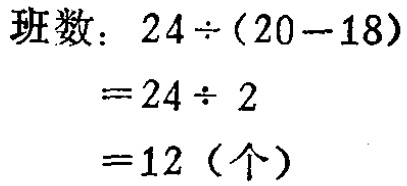
班数：

\[

\begin{align*}

&24\div(20 - 18)\\

=&24\div2\\

=&12 \text{（个）}

\end{align*}

\]